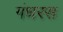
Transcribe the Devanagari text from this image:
गंधरस